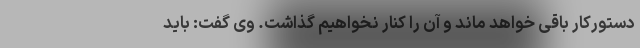
دستورکار باقی خواهد ماند و آن را کنار نخواهیم گذاشت. وی گفت: باید